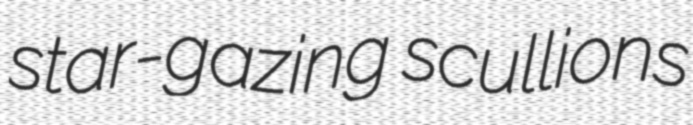
star-gazing scullions